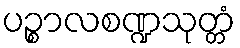
ပဉ္စာလစဏ္ဍသုတ္တံ